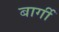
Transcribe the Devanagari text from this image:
बार्गी